Civil Veterinary Department Bihar & Orissa reports 1929-36 - 1929-1936
Year: 1929
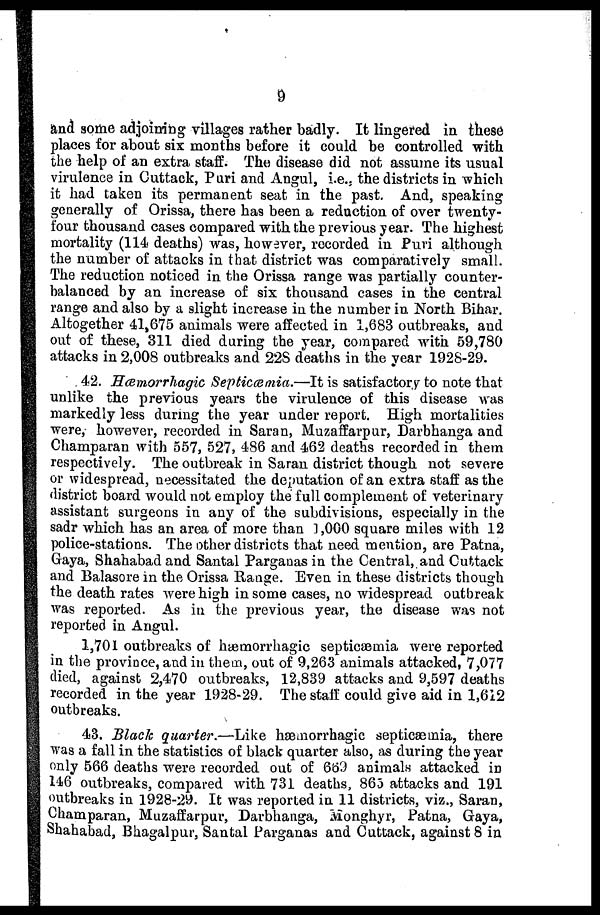
9
and some adjoining villages rather badly. It lingered in these
places for about six months before it could be controlled with
the help of an extra staff. The disease did not assume its usual
virulence in Cattack, Puri and Angul, i.e.. the districts in which
it had taken its permanent seat in the past. And, speaking
generally of Orissa, there has been a reduction of over twenty-
four thousand cases compared with the previous year. The highest
mortality (114 deaths) was, however, recorded in Puri although
the number of attacks in that district was comparatively small.
The reduction noticed in the Orissa range was partially counter-
balanced by an increase of six thousand cases in the central
range and also by a slight increase in the number in North Bihar.
Altogether 41,675 animals were affected in 1,683 outbreaks, and
out of these, 311 died during the year, compared with 59,780
attacks in 2,008 outbreaks and 22S deaths in the year 1928-29.
42. Hæmorrhagic Septicæmia.—It is satisfactory to note that
unlike the previous years the virulence of this disease was
markedly less during the year under report. High mortalities
were, however, recorded in Saran, Muzaffarpur, Darbhanga and
Champaran with 557, 527, 486 and 462 deaths recorded in them
respectively. The outbreak in Saran district though not severe
or widespread, necessitated the deputation of an extra staff as the
district board would not employ the full complement of veterinary
assistant surgeons in any of the subdivisions, especially in the
sadr which has an area of more than 1,000 square miles with 12
police-stations. The other districts that need mention, are Patna,
Gaya, Shahabadand Santal Pargaoasin the Central, and Cuttack
and Balasore in the Orissa Range. Even in these districts though
the death rates were high in some cases, no widespread outbreak
was reported. As in the previous year, the disease was not
reported in Angul.
1,701 outbreaks of haemorrhagic septicaemia were reported
in the province, and in them, out of 9,263 animals attacked, 7,077
died, against 2,470 outbreaks, 12,839 attacks and 9,597 deaths
recorded in the year 1928-29. The staff could give aid in 1,612
outbreaks.
43. Black quarter.—Like haemorrhagic septicaemia, there
was a fall in the statistics of black quarter also, as during the year
only 566 deaths were recorded out of 66'.) animals attacked in
146 outbreaks, compared with 731 deaths, 865 attacks and 191
outbreaks in 1928-29. It was reported in 11 districts, viz., Saran,
Champaran, Muzaffarpur, Darbhanga, Monghyr, Patna, Gaya,
Shahabad, Bhagalpur, Santal Parganas and Cuttack, against 8 in